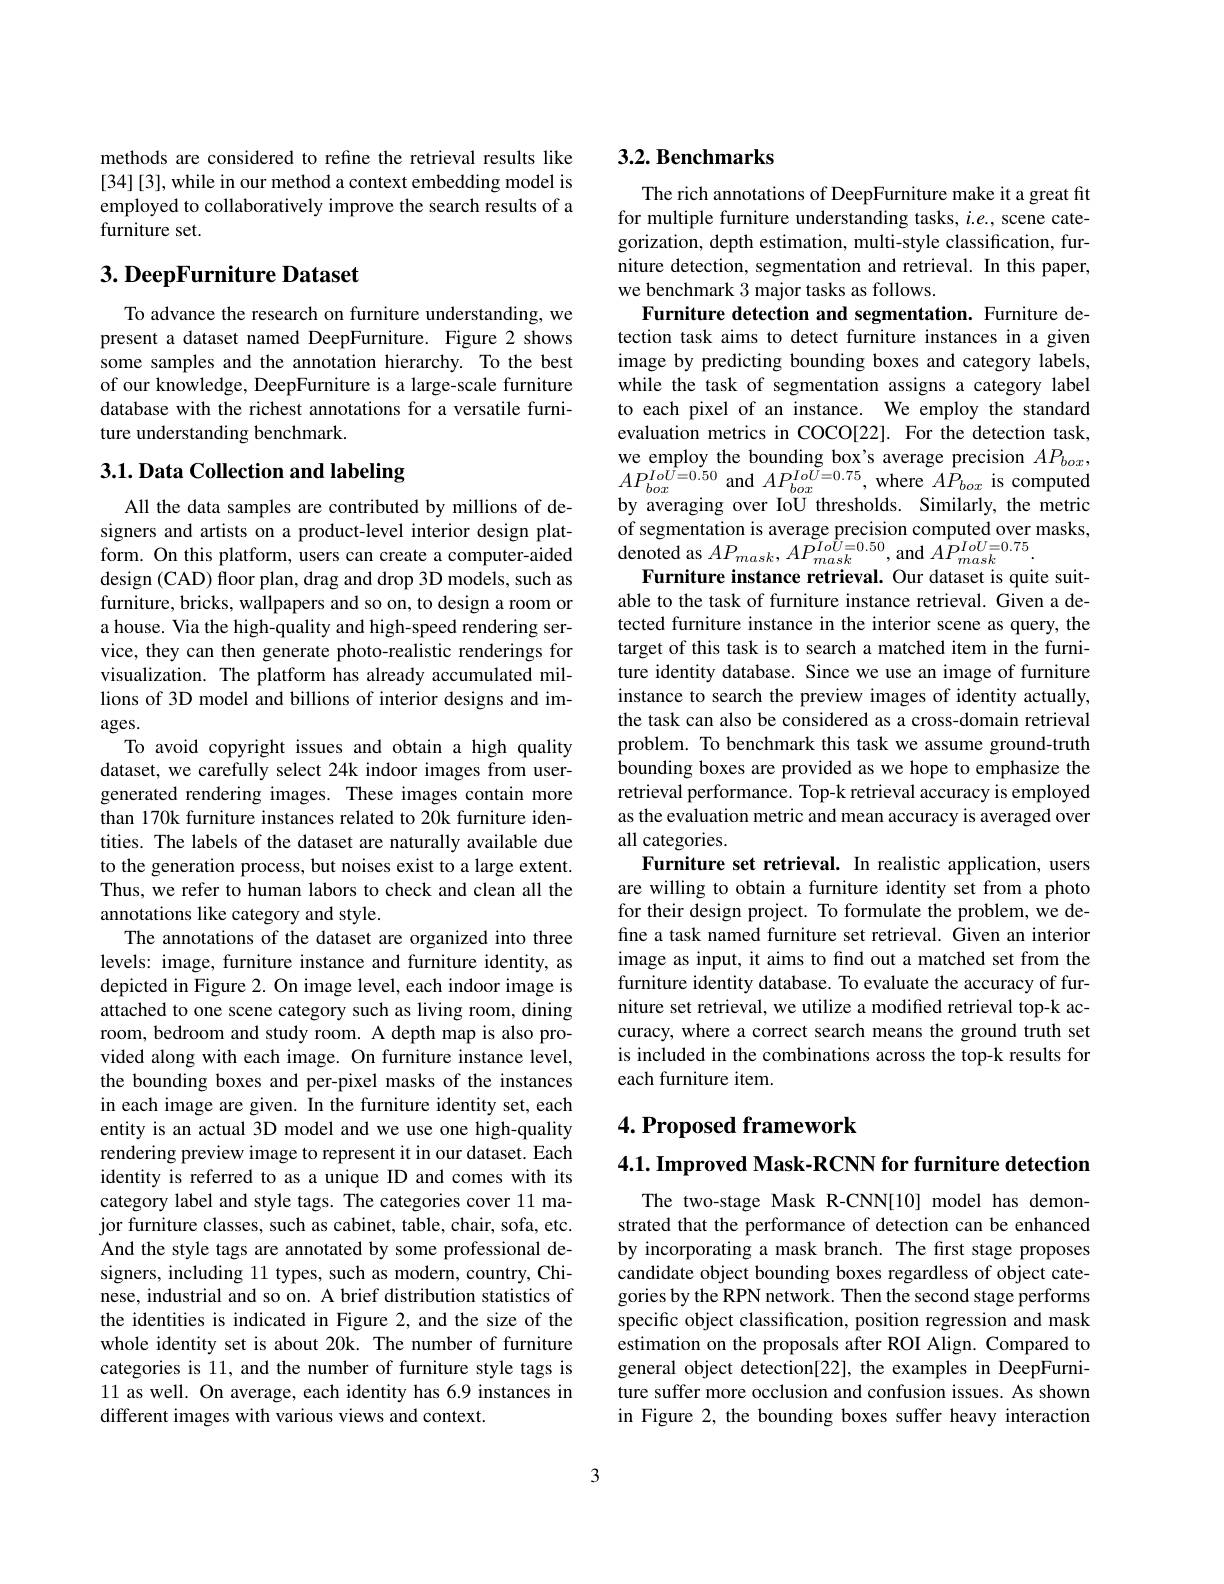
methods are considered to refine the retrieval results like [34][3],while in our method a context embedding model is employed to collaboratively improve the search results of a furniture set.

## $3. \textbf{ DeepFurniture Dataset}$

To advance the research on furniture understanding, we present a dataset named DeepFurniture. Figure 2 shows some samples and the annotation hierarchy. To the best of our knowledge, DeepFurniture is a large-scale furniture database with the richest annotations for a versatile furniture understanding benchmark.

# 3.1. Data Collection and labeling

All the data samples are contributed by millions of designers and artists on a product-level interior design platform. On this platform, users can create a computer-aided design (CAD) floor plan, drag and drop 3D models, such as furniture, bricks, wallpapers and so on, to design a room or a house. Via the high-quality and high-speed rendering service, they can then generate photo-realistic renderings for visualization. The platform has already accumulated millions of 3D model and billions of interior designs and im- $ages.$
To avoid copyright issues and obtain a high quality dataset, we carefully select 24k indoor images from usergenerated rendering images. These images contain more than 170k furniture instances related to 20k furniture identities. The labels of the dataset are naturally available due to the generation process, but noises exist to a large extent. Thus, we refer to human labors to check and clean all the annotations like category and style.
The annotations of the dataset are organized into three levels: image, furniture instance and furniture identity, as depicted in Figure 2. On image level, each indoor image is attached to one scene category such as living room, dining room, bedroom and study room. A depth map is also provided along with each image. On furniture instance level, the bounding boxes and per-pixel masks of the instances in each image are given. In the furniture identity set, each entity is an actual 3D model and we use one high-quality rendering preview image to represent it in our dataset. Each identity is referred to as a unique ID and comes with its category label and style tags. The categories cover 11 major furniture classes, such as cabinet, table, chair, sofa, etc. And the style tags are annotated by some professional designers, including 11 types, such as modern, country, Chinese, industrial and so on. A brief distribution statistics of the identities is indicated in Figure 2, and the size of the whole identity set is about 20k. The number of furniture categories is 11, and the number of furniture style tags is 11 as well. On average, each identity has 6.9 instances in different images with various views and context.

## $3. 2. \textbf{Benchmarks}$

The rich annotations of DeepFurniture make it a great fit for multiple furniture understanding tasks, $i.e.$, scene categorization, depth estimation, multi-style classification, furniture detection, segmentation and retrieval. In this paper, we benchmark 3 major tasks as follows.
Furniture detection and segmentation. Furniture detection task aims to detect furniture instances in a given image by predicting bounding boxes and category labels, while the task of segmentation assigns a category label to each pixel of an instance. We employ the standard evaluation metrics in COCO[22]. For the detection task, we employ the bounding box's average precision $AP_{box}$, $AP_{box}^{IoU=0.50}$ and $AP_box^{IoU=0.75}$, where $AP_box$ is computed by averaging over IoU thresholds. Similarly, the metric of segmentation is average precision computed over masks, $\mathop{\mathrm{denoted~as~}}AP_{mask},AP_{mask}^{\tilde{I}o\hat{U}=0.50},\mathop{\mathrm{and~}}A\hat{P}_{mask}^{IoU=0.75}.$
Furniture instance retrieval. Our dataset is quite suitable to the task of furniture instance retrieval. Given a detected furniture instance in the interior scene as query, the target of this task is to search a matched item in the furniture identity database. Since we use an image of furniture instance to search the preview images of identity actually, the task can also be considered as a cross-domain retrieval problem. To benchmark this task we assume ground-truth bounding boxes are provided as we hope to emphasize the retrieval performance. Top-k retrieval accuracy is employed as the evaluation metric and mean accuracy is averaged over all categories.
Furniture set retrieval. In realistic application, users are willing to obtain a furniture identity set from a photo for their design project. To formulate the problem, we define a task named furniture set retrieval. Given an interior image as input, it aims to find out a matched set from the furniture identity database. To evaluate the accuracy of furniture set retrieval, we utilize a modified retrieval top-k accuracy, where a correct search means the ground truth set is included in the combinations across the top-k results for each furniture item.

## 4. Proposed framework

4.1. Improved Mask-RCNN for furniture detection

The two-stage Mask R-CNN[10] model has demonstrated that the performance of detection can be enhanced by incorporating a mask branch. The first stage proposes candidate object bounding boxes regardless of object categories by the RPN network. Then the second stage performs specific object classification, position regression and mask estimation on the proposals after ROI Align. Compared to general object detection[22], the examples in DeepFurniture suffer more occlusion and confusion issues. As shown in Figure 2, the bounding boxes suffer heavy interaction

3